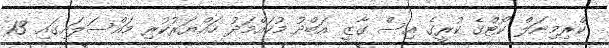
ކްރިމިނަލް ކޯޓްގެ ކުރީގެ އިސް ގާޒީ އަބްދު މުހައްމަދު ހައްޔަރުކުރި މައްސަލައިގައި 13